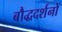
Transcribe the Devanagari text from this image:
बौद्धदर्शनों